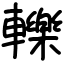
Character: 轢